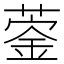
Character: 𦹦